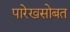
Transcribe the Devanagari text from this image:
पारेखसोबत